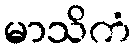
မာသိကံ